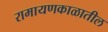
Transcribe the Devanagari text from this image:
रामायणकाळातील